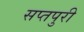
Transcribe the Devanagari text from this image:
सप्तपुरी